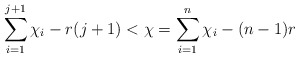
\begin{align*} \sum\limits_{i=1}^{j+1}\chi_i - r(j+1) < \chi = \sum\limits_{i=1}^n \chi_i - (n-1)r \end{align*}